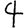
Digit: 4